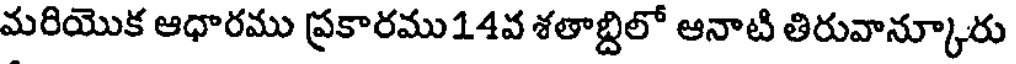
మరియొక ఆధారము ప్రకారము14వ శతాబ్దిలో ఆనాటి తిరువాన్కూరు